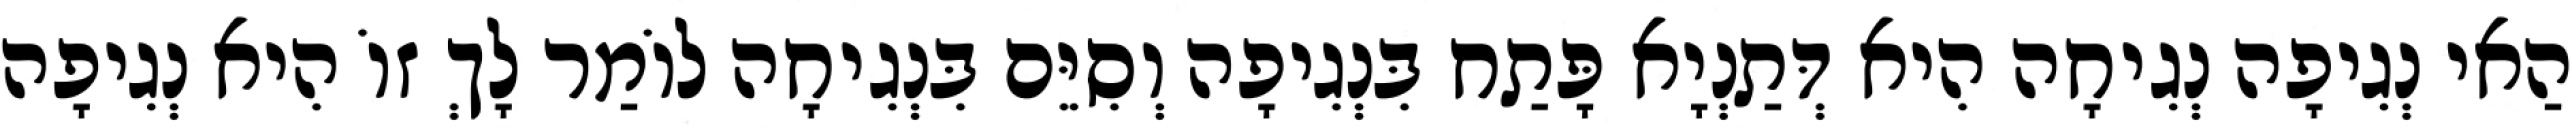
הַאי נְגִיפָה נְגִיחָה הִיא דְּתַנְיָא פָּתַח בִּנְגִיפָה וְסִיֵּם בִּנְגִיחָה לוֹמַר לָךְ זוֹ הִיא נְגִיפָה